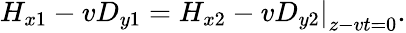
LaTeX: \left.H_{x1}-vD_{y1}=H_{x2}-vD_{y2}\right|_{z-vt=0}.